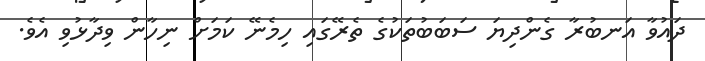
ދައުވާ އަނބުރާ ގެންދިޔަ ސަބަބުތަކުގެ ތެރޭގައި ހިމެނޭ ކަމަށް ނިހާން ވިދާޅުވި އެވެ.